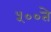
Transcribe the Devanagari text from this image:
५००ते